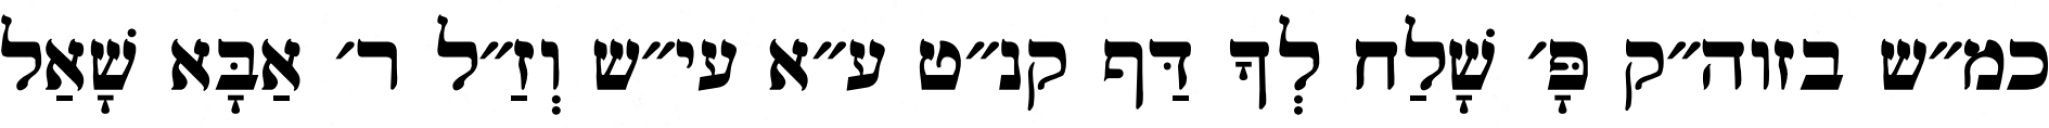
כמ״ש בזוה״ק פָּ׳ שָׁלַח לְךָ דַּף קנ״ט ע״א עי״ש וְזַ״ל ר׳ אַבָּא שָׁאַל